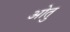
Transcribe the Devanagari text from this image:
ओतु